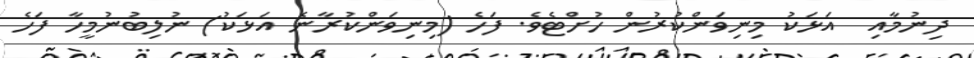
ދިނުމާއި  އަޅަކު މިނިވަންކުރުން ހުށްޓެވެ. ފަހެ (މިނިވަންކުރާނެ އަޅަކު) ނުލިބުނުމީހާ ފަހެ